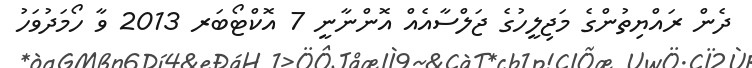
ދެން ރައްޔިތުންގެ މަޖިލީހުގެ ޖަލްސާއެއް އޮންނާނީ 7 އޮކްޓޯބަރ 2013 ވާ ހޯމަދުވަހު